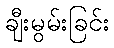
ချီးမွမ်းခြင်း